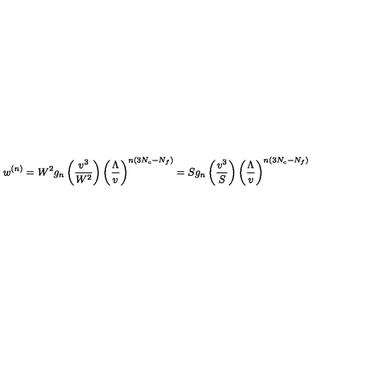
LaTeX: w ^ { ( n ) } = W ^ { 2 } g _ { n } \left( \frac { v ^ { 3 } } { W ^ { 2 } } \right) \left( \frac { \Lambda } { v } \right) ^ { n ( 3 N _ { c } - N _ { f } ) } = S g _ { n } \left( \frac { v ^ { 3 } } { S } \right) \left( \frac { \Lambda } { v } \right) ^ { n ( 3 N _ { c } - N _ { f } ) }